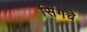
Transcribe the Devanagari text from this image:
सिंगचे